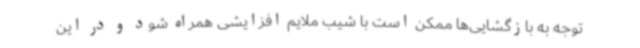
توجه به بازگشایی‌ها ممکن است با شیب ملایم افزایشی همراه شود و در این